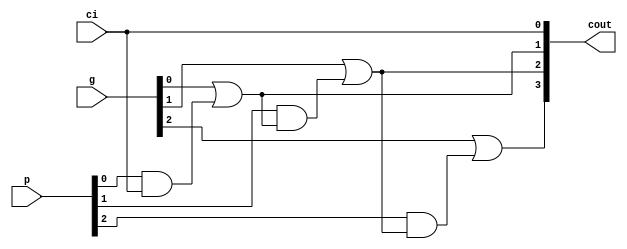
module calculateCarry(input [3:0] p, g, input ci, output [3:0] cout);
assign cout[0] = ci;
genvar j;
for(j=1; j<4; j = j+1) begin 
assign cout[j] = g[j-1] | (p[j-1]&cout[j-1]);
end 
endmodule